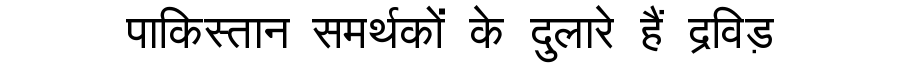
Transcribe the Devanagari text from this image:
पाकिस्तान समर्थकों के दुलारे हैं द्रविड़